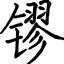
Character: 镠